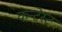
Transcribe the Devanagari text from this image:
कन्टेस्ट